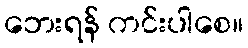
ဘေးရန် ကင်းပါစေ။